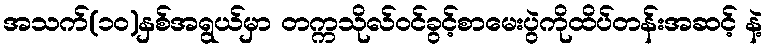
အသက်(၁၀)နှစ်အရွယ်မှာ တက္ကသိုလ်ဝင်ခွင့်စာမေးပွဲကိုထိပ်တန်းအဆင့် နဲ့